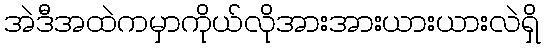
အဲဒီအထဲကမှာကိုယ်လိုအားအားယားယားလဲရှိ